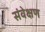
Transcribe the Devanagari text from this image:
संवेक्षण